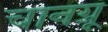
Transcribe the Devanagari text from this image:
चानग्रू